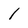
Character: 1